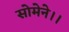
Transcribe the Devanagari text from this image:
सोमेने।।